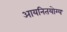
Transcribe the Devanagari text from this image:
आयनितयोग्य